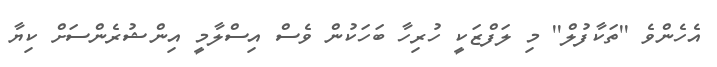
އެހެންވެ ''ތަކާފުލް'' މި ލަފްޒަކީ ހުރިހާ ބަހަކުން ވެސް އިސްލާމީ އިންޝުރެންސަށް ކިޔާ